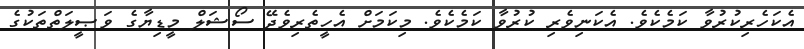
އެކަހެރިކުރުވާ ކަމެކެވެ. އެކަނިވެރި ކުރުވާ ކަމެކެވެ. މިކަމަށް އެހީތެރިވެދޭ ސޯޝަލް މީޑިޔާގެ ވަޞީލަތްތަކުގެ